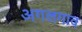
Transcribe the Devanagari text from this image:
अगलगाव